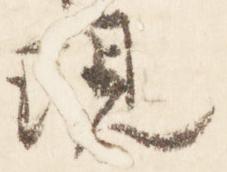
現